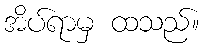
အိပ်ရာမှ ထသည်။